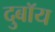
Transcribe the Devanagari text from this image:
दुबॉय